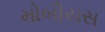
મોબીયસ